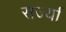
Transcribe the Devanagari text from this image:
सर्ज्या